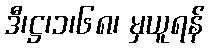
ဒီ၊ဋ္ဌ၊၁၊၆၈၊ မှယူရန်